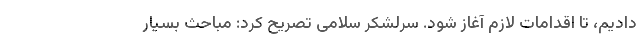
دادیم، تا اقدامات لازم آغاز شود. سرلشکر سلامی تصریح کرد: مباحث بسیار